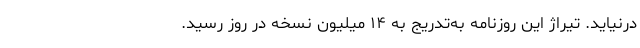
درنیاید. تیراژ این روزنامه به‌تدریج به ۱۴ میلیون نسخه در روز رسید.